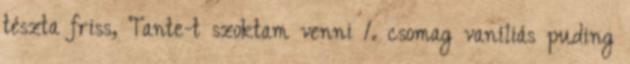
tészta friss, Tante-t szoktam venni 1. csomag vaníliás puding